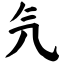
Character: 氕